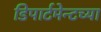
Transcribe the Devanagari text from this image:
डिपार्टमेन्टच्या